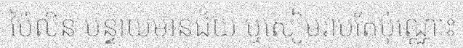
ប៉ៃលិន បន្ទាយមានជ័យ ឬសៀមរាបតែប៉ុណ្ណោះ